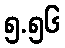
၅.၅၆